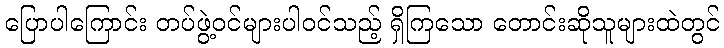
ပြောပါကြောင်း တပ်ဖွဲ့ဝင်များပါဝင်သည့် ရှိကြသော တောင်းဆိုသူများထဲတွင်